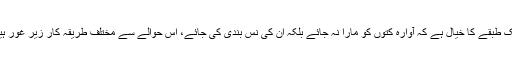
ایک طبقے کا خیال ہے کہ آوارہ کتوں کو مارا نہ جائے بلکہ ان کی نس بندی کی جائے، اس حوالے سے مختلف طریقہ کار زیر غور ہیں۔